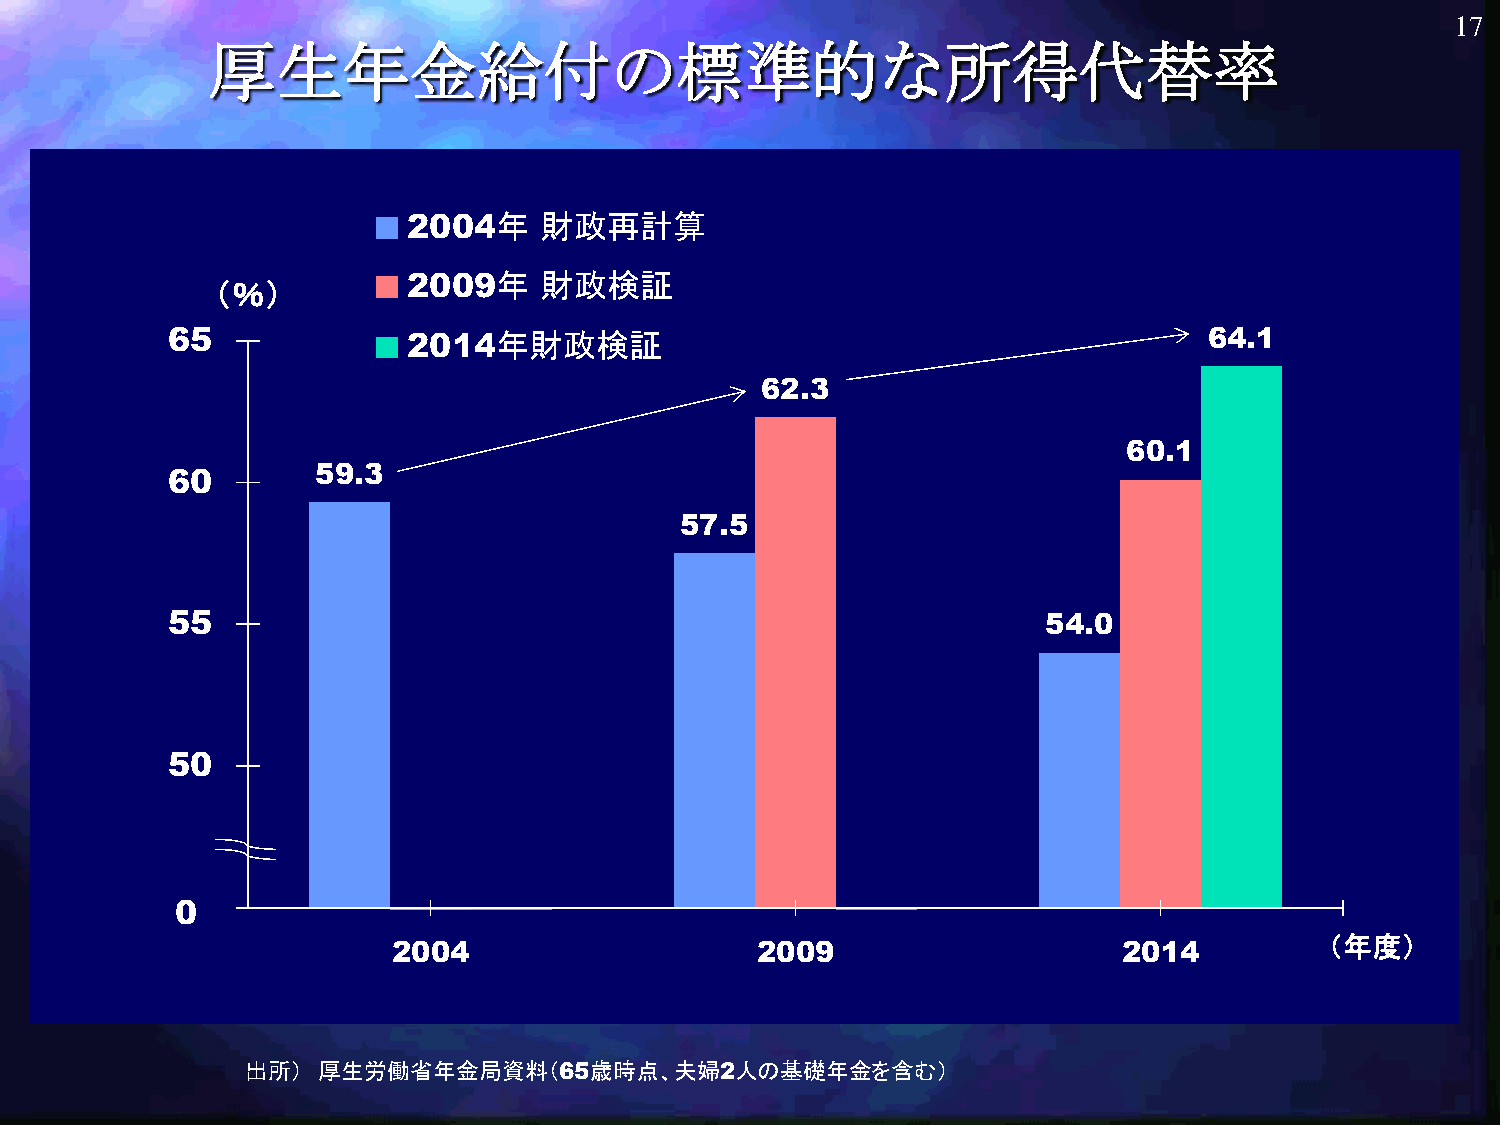
17
 厚生年金給付の標準的な所得代替率
 2004年    財政再計算
 （％）
 2009年    財政検証
 65              2014年財政検証                                            64.1
 62.3
 60.1
 60        59.3
 57.5
 55                                                        54.0
 50
 405
 2004                    2009                    2014
 （年度）
 出所）  厚生労働省年金局資料（65歳時点、夫婦2人の基礎年金を含む）